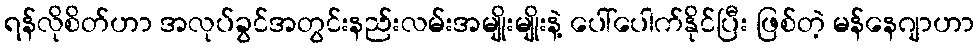
ရန်လိုစိတ်ဟာ အလုပ်ခွင်အတွင်းနည်းလမ်းအမျိုးမျိုးနဲ့ ပေါ်ပေါက်နိုင်ပြီး ဖြစ်တဲ့ မန်နေဂျာဟာ